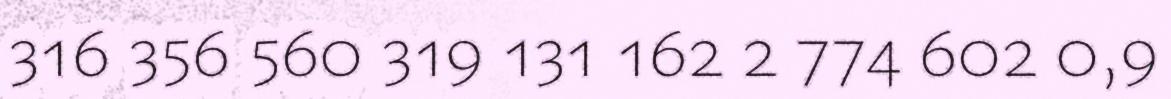
316 356 560 319 131 162 2 774 602 0,9